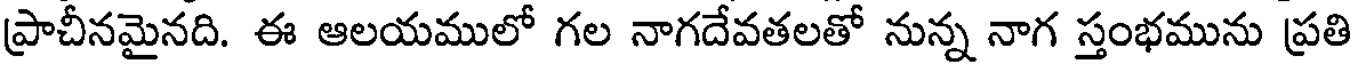
ప్రాచీనమైనది. ఈ ఆలయములో గల నాగదేవతలతో నున్న నాగ స్తంభమును ప్రతి